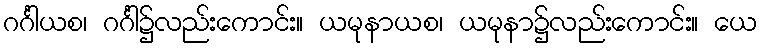
ဂင်္ဂါယစ၊ ဂင်္ဂါ၌လည်းကောင်း။ ယမုနာယစ၊ ယမုနာ၌လည်းကောင်း။ ယေ